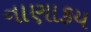
નાણાકય